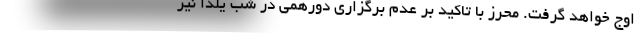
اوج خواهد گرفت. محرز با تاکید بر عدم برگزاری دورهمی در شب یلدا نیز